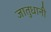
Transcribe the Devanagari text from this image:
जातुधानी